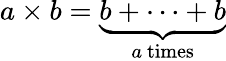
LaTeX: a\times b=\underbrace{b+\cdots+b}_{a{\mathrm{~times}}}